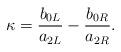
LaTeX: \begin{align*}\kappa = \frac{b_{0L}}{a_{2L}} - \frac{b_{0R}}{a_{2R}}.\end{align*}